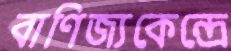
বাণিজ্যকেন্দ্রে